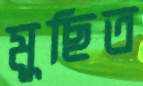
মুছিত